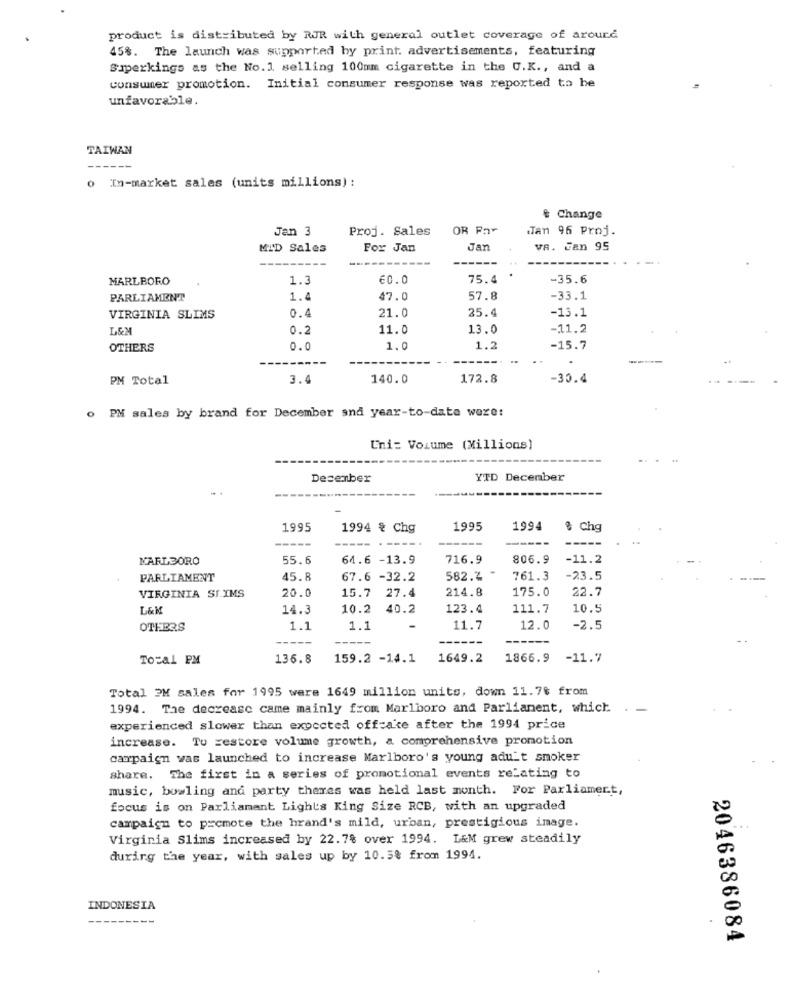
product is distributed by RJR with general outlet coverage of around
45%. The launch was supported by print. advertisements, featuring
Superkings as the No. 1 selling 100mm cigarette in the U.K ., and a
consumer promotion. Initial consumer response was reported to be
unfavorable.
TAIWAN
o In-market sales (units millions) :
e Change
Jan 3
Proj. Sales
OR Par
Tan 96 Proj.
MID Sales
For Jan
Jan
VA. Jan 95
---
MARLBORO
1.3
€0.0
75.4
-35.6
PARLIAMENT
1.0
47.0
57.8
-33.1
0.4
25.4
-13.1
VIRGINIA SLIMS
21.0
L&M
0.2
11.0
13.0
-11.2
OTHERS
0.0
1.0
1.
-15.7
PM Total
3.4
140.0
172.8
-30.4
o PM sales by brand for December and year-to-date were:
Uni: Volume (Millions)
...
Desember
YTD December
1995
1994 % Chg
1995
1994
8 Chg
-----
-----
MARLBORO
55.6
64.6 -13.9
716.9
806.9
-11.2
PARLIAMENT
45. 8
67.6 -32.2
582.2
761.3
-23.5
VIRGINIA SI.IMS
20.0
214.8
175.0
15.7 27.4
22.7
L&M
14.3
10.2 40.2
123.4
111.7
10.5
OTHERS
1.1
1.1
11.7
12.0
-2.5
----
Total PM
136.8
159.2 -14.1
1649.2
1866.9 -11.7
Total 2M sales for 1995 were 1649 million units, down 11.7$ from
1994. The decrease came mainly from Marlboro and Parliament, which . -
experienced slower than expected offcake after the 1994 price
increase. Tu gestore volume growth, a comprehensive promotion
campaign was launched to increase Marlboro's young adult smoker
share. The first in a series of promotional events relating to
music, bowling and party theres was held last month. For Parliament,
focus is on Parliament Lights King Size RCB, with an upgraded
campaign to promote the hrand's mild, urban, prestigious image.
Virginia Slims increased by 22.7% over 1994. L&M grew steadily
during the year, with sales up by 10.5% from 1994.
INDONESIA
---
2046386084